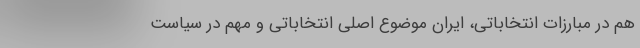
هم در مبارزات انتخاباتی، ایران موضوع اصلی انتخاباتی و مهم در سیاست